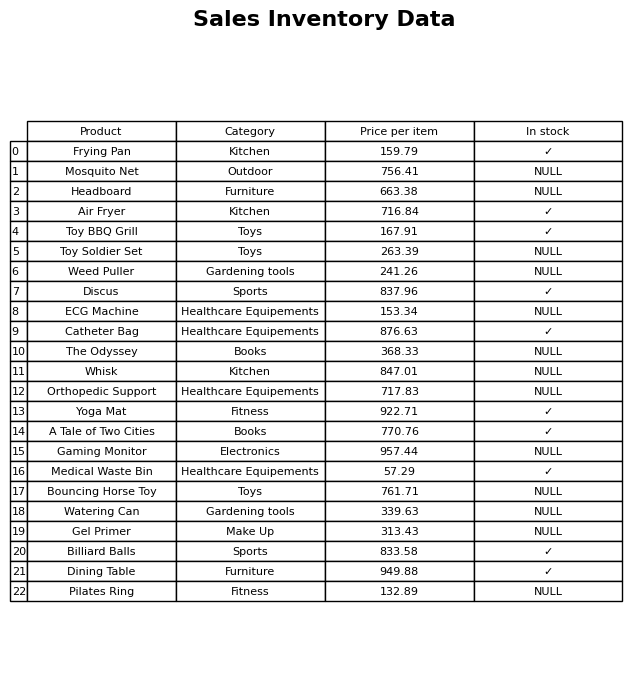
question: Is the Medical Waste Bin in stock?
answer: ✓